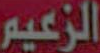
الزعيم